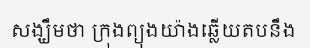
សង្ឃឹមថា ក្រុងព្យុងយ៉ាងឆ្លើយតបនឹង